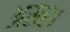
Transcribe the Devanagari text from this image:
असर।